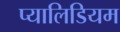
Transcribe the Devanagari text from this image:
प्यालिडियम